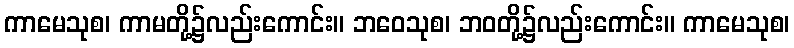
ကာမေသုစ၊ ကာမတို့၌လည်းကောင်း။ ဘဝေသုစ၊ ဘဝတို့၌လည်းကောင်း။ ကာမေသုစ၊